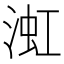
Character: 渱